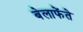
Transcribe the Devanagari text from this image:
बेलाफेंते